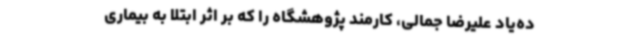
ده‌یاد علیرضا جمالی، کارمند پژوهشگاه را که بر اثر ابتلا به بیماری